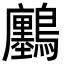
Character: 𪇮